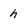
Character: h